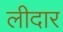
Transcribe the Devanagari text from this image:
लीदार